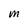
Character: M